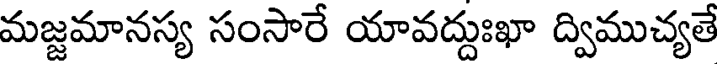
మజ్జమానస్య సంసారే యావద్దుఃఖా ద్విముచ్యతే